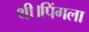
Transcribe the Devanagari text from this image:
थी।पिंगला